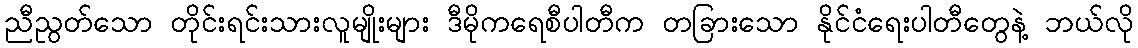
ညီညွတ်သော တိုင်းရင်းသားလူမျိုးများ ဒီမိုကရေစီပါတီက တခြားသော နိုင်ငံရေးပါတီတွေနဲ့ ဘယ်လို